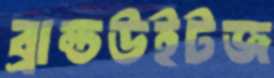
ব্রান্ডউইটজ